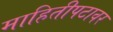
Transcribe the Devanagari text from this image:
माहितीपटावर